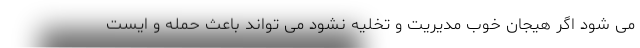
می شود اگر هیجان خوب مدیریت و تخلیه نشود می تواند باعث حمله و ایست